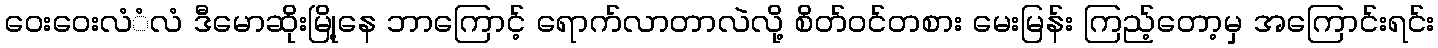
ဝေးဝေးလံံလံ ဒီမောဆိုးမြို့နေ ဘာကြောင့် ရောက်လာတာလဲလို့ စိတ်ဝင်တစား မေးမြန်း ကြည့်တော့မှ အကြောင်းရင်း